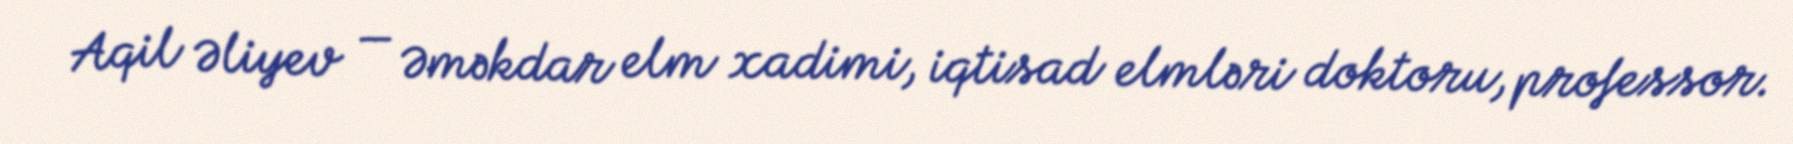
Aqil Əliyev — Əməkdar elm xadimi, iqtisad elmləri doktoru, professor.